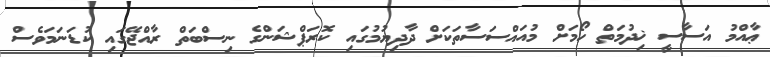
ޢާއްމު އަސާސީ ޚިދުމަތް ހޯމަށް މުއައްސަސާތަކަށް ދާދިޔުމުގައި ކޮރަޕްޝަންގެ ނިސްބަތް ރާއްޖޭގައި ކުޑަނަމަވެސް